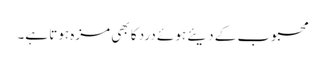
محبوب کے دیئے ہوئے درد کا بھی مزہ ہوتا ہے۔